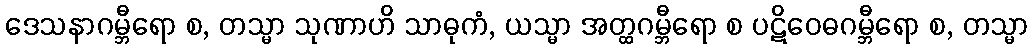
ဒေသနာဂမ္ဘီရော စ, တသ္မာ သုဏာဟိ သာဓုကံ, ယသ္မာ အတ္ထဂမ္ဘီရော စ ပဋိဝေဓဂမ္ဘီရော စ, တသ္မာ